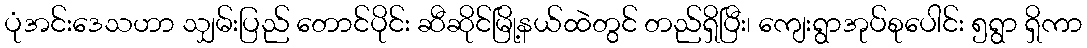
ပုံအင်းဒေသဟာ သျှမ်းပြည် တောင်ပိုင်း ဆီဆိုင်မြို့နယ်ထဲတွင် တည်ရှိပြီး၊ ကျေးရွာအုပ်စုပေါင်း ၅ရွာ ရှိကာ